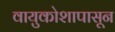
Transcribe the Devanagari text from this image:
वायुकोशापासून